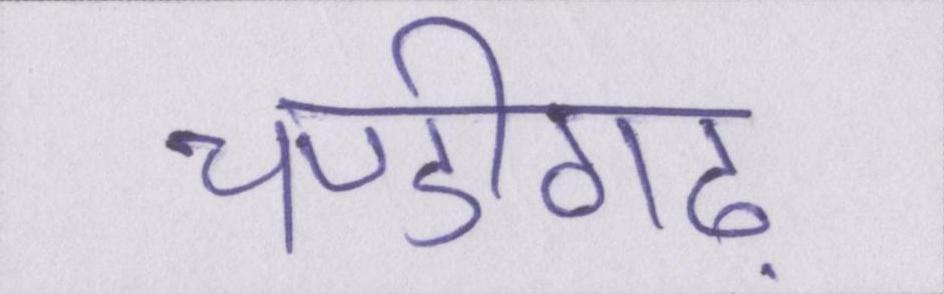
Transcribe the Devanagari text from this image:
चण्डीगढ़